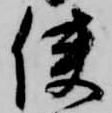
使